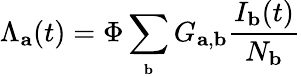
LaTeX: \Lambda_{\mathbf{a}}(t)=\Phi\sum_{_\mathbf{b}}G_{\mathbf{a},\mathbf{b}}\frac{I_{\mathbf{b}}(t)}{N_{\mathbf{b}}}